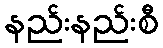
နည်းနည်းစီ